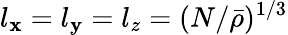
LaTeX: l_{\mathbf{x}}=l_{\mathbf{y}}=l_{z}=(N/\bar{{\rho}})^{1/3}